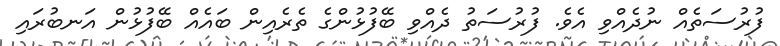
ފުރުސަތެއް ނުދެއްވި އެވެ. ފުރުސަތު ދެއްވި ބޭފުޅުންގެ ތެރެއިން ބައެއް ބޭފުޅުން އަނބުރައި